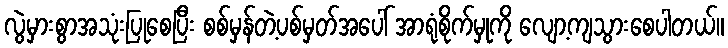
လွဲမှားစွာအသုံးပြုစေပြီး စစ်မှန်တဲ့ပစ်မှတ်အပေါ် အာရုံစိုက်မှုကို လျော့ကျသွားစေပါတယ်။